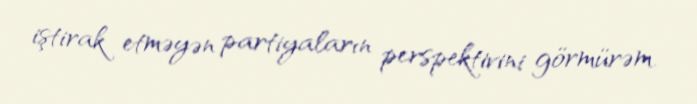
iştirak etməyən partiyaların perspektivini görmürəm.